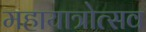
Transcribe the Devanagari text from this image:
महायात्रोत्सव